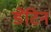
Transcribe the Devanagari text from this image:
डेंटिन